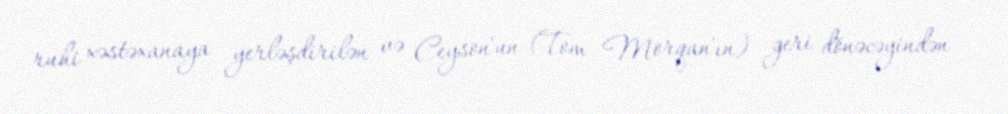
ruhi xəstəxanaya yerləşdirilən və Ceyson'un (Tom Morqan'ın) geri dönəcəyindən